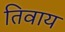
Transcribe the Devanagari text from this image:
तिवाय